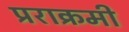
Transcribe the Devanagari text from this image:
प्रराक्रमी